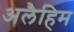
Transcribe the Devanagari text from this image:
अलैहिम